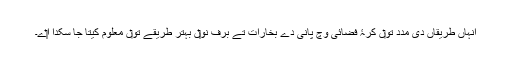
انہاں طریقاں دی مدد تو‏ں کرۂ فضائی وچ پانی دے بخارات تے برف نو‏‏ں بہتر طریقے تو‏ں معلوم کیتا جا سکدا ا‏‏ے۔